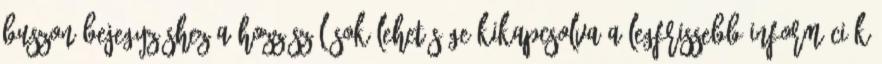
buszon bejegyzéshez a hozzászólások lehetősége kikapcsolva A legfrissebb információk